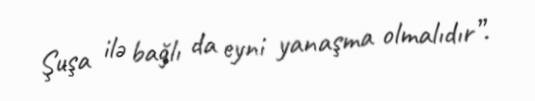
Şuşa ilə bağlı da eyni yanaşma olmalıdır”.